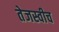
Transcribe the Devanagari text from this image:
तेजस्वीच